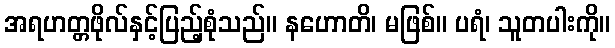
အရဟတ္တဖိုလ်နှင့်ပြည့်စုံသည်။ နဟောတိ၊ မဖြစ်။ ပရံ၊ သူတပါးကို။